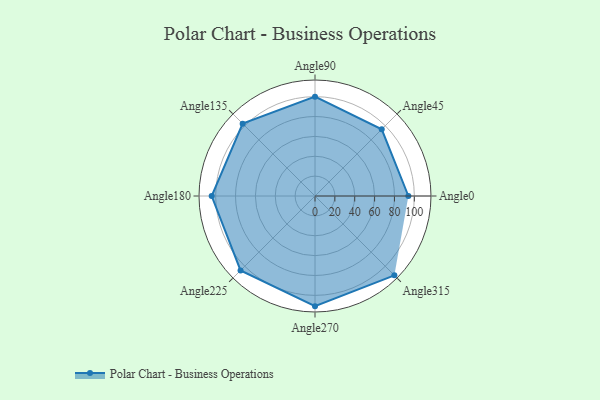
{"axis": {"x": "Angle", "y": "Radius"}, "legend": [""], "data": [{"x": "Angle0", "y": 94.0, "type": ""}, {"x": "Angle45", "y": 95.0, "type": ""}, {"x": "Angle90", "y": 100.0, "type": ""}, {"x": "Angle135", "y": 103.0, "type": ""}, {"x": "Angle180", "y": 104.0, "type": ""}, {"x": "Angle225", "y": 106.0, "type": ""}, {"x": "Angle270", "y": 111.0, "type": ""}, {"x": "Angle315", "y": 113.0, "type": ""}]}